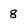
Character: 8